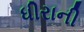
ધીરાની